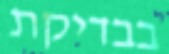
בבדיקת